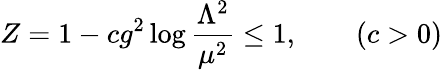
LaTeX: Z=1-cg^{2}\log{\frac{\Lambda^{2}}{\mu^{2}}}\leq 1,\qquad(c>0)